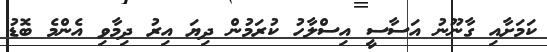
ކަމަށާއި ގާނޫނު އަސާސީ އިސްލާހު ކުރަމުން ދިޔަ އިރު ދިމާވި އެންމެ ބޮޑު